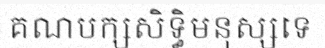
គណបក្សសិទ្ធិមនុស្សទេ